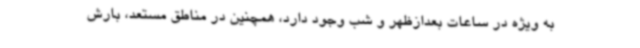
به ویژه در ساعات بعدازظهر و شب وجود دارد، همچنین در مناطق مستعد، بارش